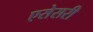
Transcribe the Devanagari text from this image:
एसेसरी